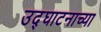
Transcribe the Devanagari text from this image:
उद्घाटनाच्या